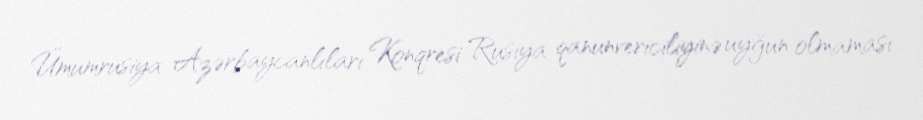
Ümumrusiya Azərbaycanlıları Konqresi Rusiya qanunvericiliyinə uyğun olmaması